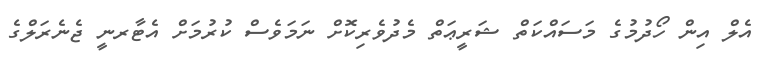
އެލް އިން ހޯދުމުގެ މަސައްކަތް ޝަރީޢަތް މެދުވެރިކޮށް ނަމަވެސް ކުރުމަށް އެޓާރނީ ޖެނެރަލްގެ